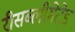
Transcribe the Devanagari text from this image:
रीसब्लीमेटेड